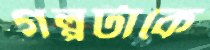
গল্পটাকে